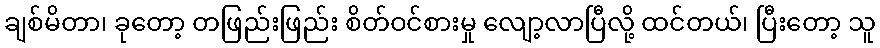
ချစ်မိတာ၊ ခုတော့ တဖြည်းဖြည်း စိတ်ဝင်စားမှု လျော့လာပြီလို့ ထင်တယ်၊ ပြီးတော့ သူ